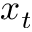
x _ { t }